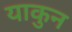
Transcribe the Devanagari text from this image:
याकुन